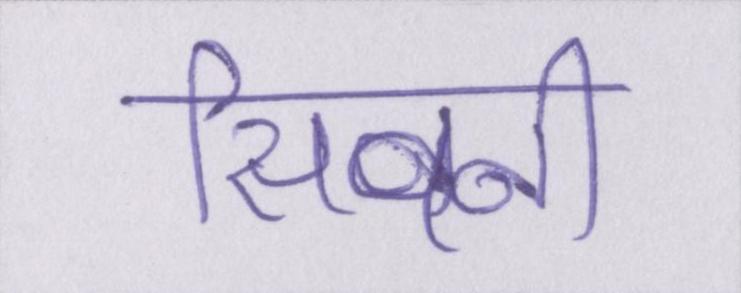
सिवनी